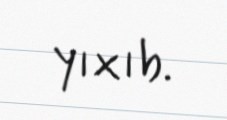
yıxıb.